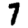
Digit: 7